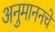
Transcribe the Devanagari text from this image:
अनुमाननचे